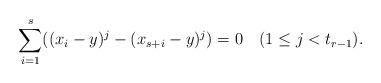
LaTeX: \begin{align*}\sum_{i=1}^s ( (x_i - y)^{j} - (x_{s+i} - y)^{j} ) = 0 \phantom{12} (1 \leq j < t_{r-1}).\end{align*}